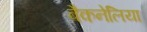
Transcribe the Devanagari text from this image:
बैकनेलिया